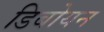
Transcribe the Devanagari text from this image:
डिबोयन